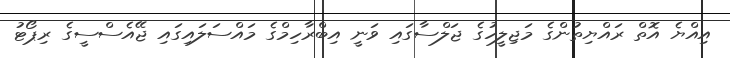
އިއްޔެ އޮތް ރައްޔިތުންގެ މަޖިލީހުގެ ޖަލްސާގައި ވަނީ އިބްރާހިމްގެ މައްސަލައިގައި ޖޭއެސްސީގެ ރިޕޯޓު